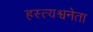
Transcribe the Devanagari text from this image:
हस्त्यश्वनेता